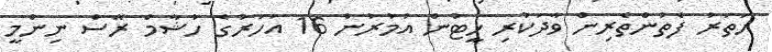
ހަތަރު ފެތުންތެރިން ވާދަކުރި ހީޓުން އުމުރުން 16 އަހަރުގެ ހުޝާމް ރޭސް ނިންމީ